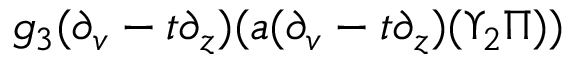
g _ { 3 } ( \partial _ { v } - t \partial _ { z } ) ( a ( \partial _ { v } - t \partial _ { z } ) ( \Upsilon _ { 2 } \Pi ) )